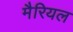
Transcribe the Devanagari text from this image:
मैरियल